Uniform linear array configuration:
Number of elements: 24
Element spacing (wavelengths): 0.5
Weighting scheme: hann
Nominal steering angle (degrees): -15
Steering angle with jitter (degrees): -15.158
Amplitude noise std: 0.05
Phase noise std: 0.05

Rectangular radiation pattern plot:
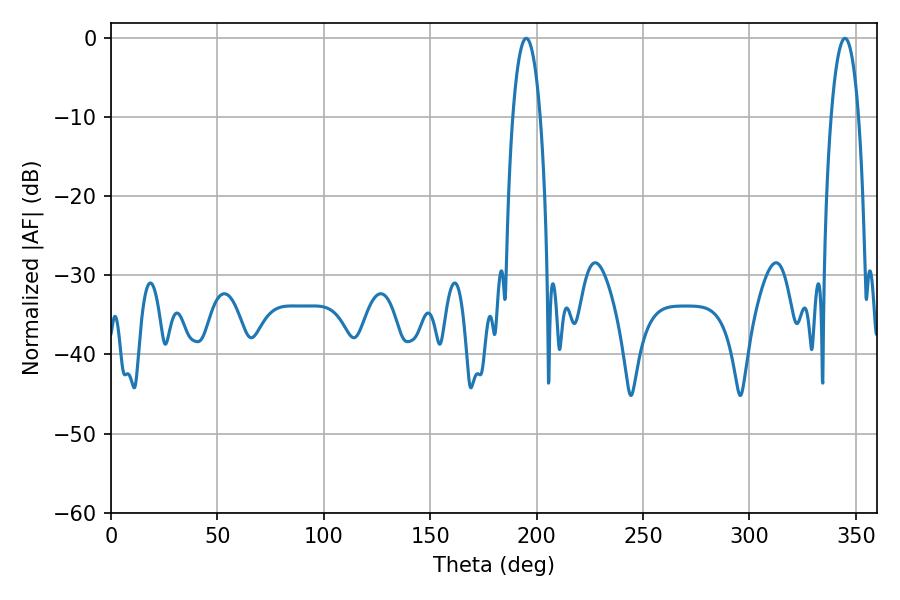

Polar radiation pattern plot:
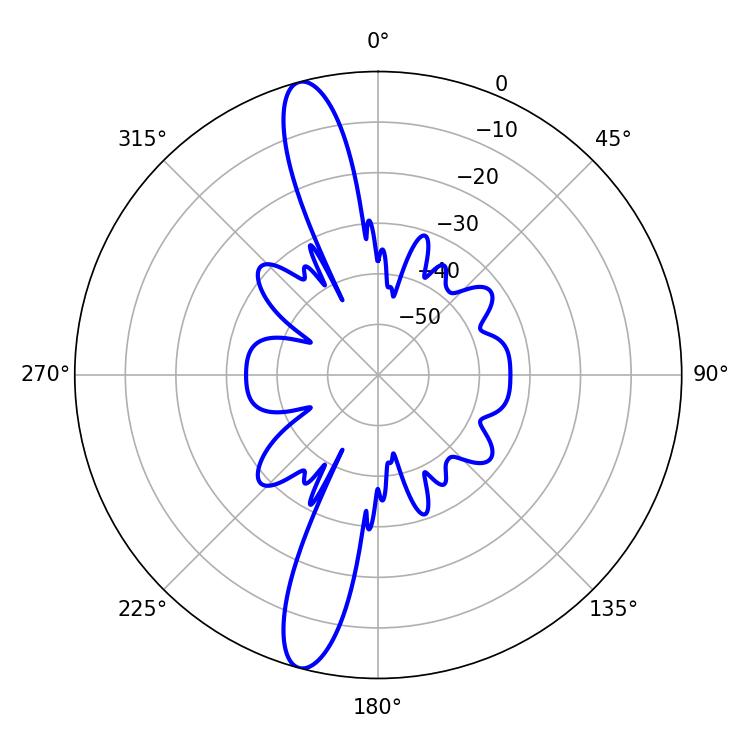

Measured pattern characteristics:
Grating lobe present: FALSE
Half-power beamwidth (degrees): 7.2
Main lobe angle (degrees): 195.12